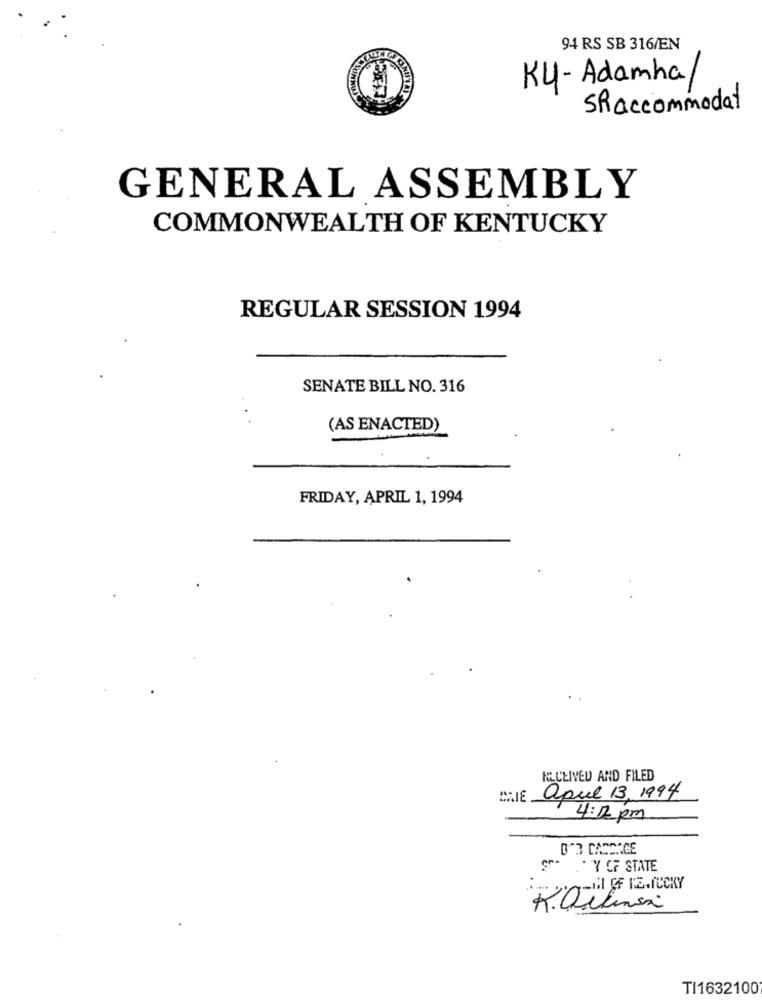
94 RS SB 316/EN
Ky - Adamha
Shaccommodat
GENERAL ASSEMBLY
COMMONWEALTH OF KENTUCKY
REGULAR SESSION 1994
SENATE BILL NO. 316
(AS ENACTED)
FRIDAY, APRIL 1, 1994
KLCEIVED AND FILED
apul 13.1994
4:12 pm
D'3 CADAAGE
9 Y OF STATE
-H &F EZ.LUCKY
R.Oelinsa
TI1632100